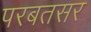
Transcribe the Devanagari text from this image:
परबतसर